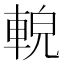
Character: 䡚